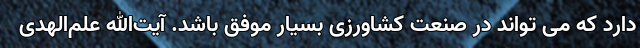
دارد که می تواند در صنعت کشاورزی بسیار موفق باشد. آیت‌الله علم‌الهدی